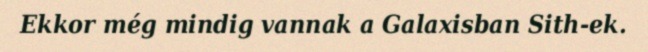
Ekkor még mindig vannak a Galaxisban Sith-ek.